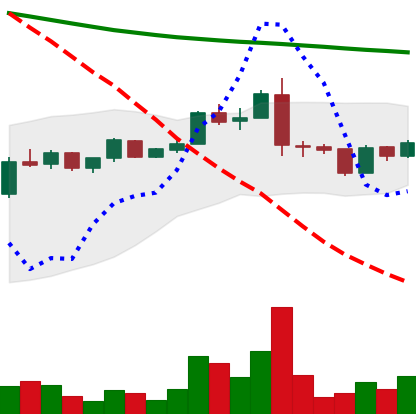
Ticker: ADA-USD
Chart end date: 2019-01-16
Forward return: -4.109%
Label: down_3_5